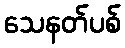
သေနတ်ပစ်